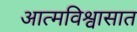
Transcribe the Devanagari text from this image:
आत्मविश्वासात